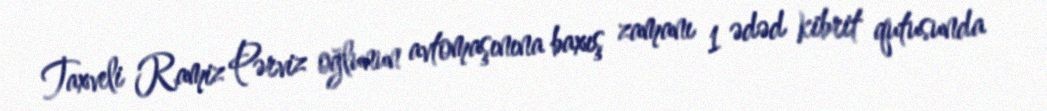
Taxveli Ramiz Pərviz oğlunun avtomaşınına baxış zamanı 1 ədəd kibrit qutusunda